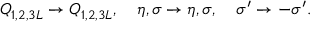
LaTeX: Q _ { 1 , 2 , 3 L } \to Q _ { 1 , 2 , 3 L } , \quad \eta , \sigma \to \eta , \sigma , \quad \sigma ^ { \prime } \to - \sigma ^ { \prime } .